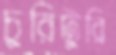
চুরিটুরি